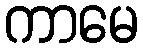
ကာမေ